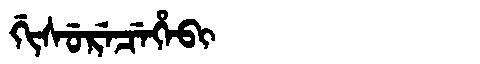
Manchu: ᡤᡳᠰᡠᡵᡝᠴᡝᡥᡝᠪᡳ
Romanization: GISURECEHEBI